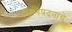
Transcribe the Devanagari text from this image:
उपनिषदनाचे